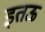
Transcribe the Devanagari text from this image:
इतऊ